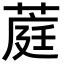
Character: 𬝪